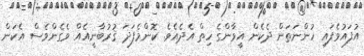
އުފައުވެފައި ހުންނަތަން ދެކެން އީވާންގެ ހިތް އެދެއެވެ. ކޮންމެފަދަ ޤުރުބާނީއެއް ވެގެންވެސް އެކަން